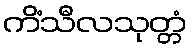
ကိံသီလသုတ္တံ